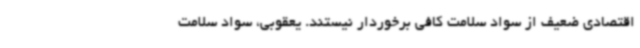
اقتصادی ضعیف از سواد سلامت کافی برخوردار نیستند. یعقوبی، سواد سلامت